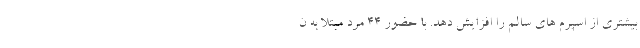
بیشتری از اسپرم های سالم را افزایش دهد. با حضور 44 مرد مبتلا به ن